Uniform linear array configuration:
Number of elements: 8
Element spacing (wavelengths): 1
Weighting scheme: exponential
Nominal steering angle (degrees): -60
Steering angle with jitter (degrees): -61.804
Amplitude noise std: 0.05
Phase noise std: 0.05

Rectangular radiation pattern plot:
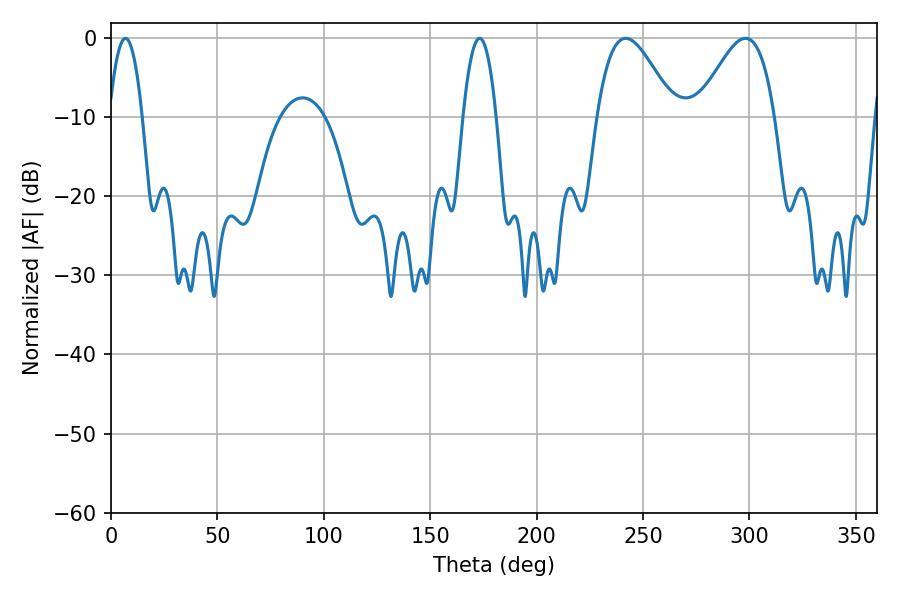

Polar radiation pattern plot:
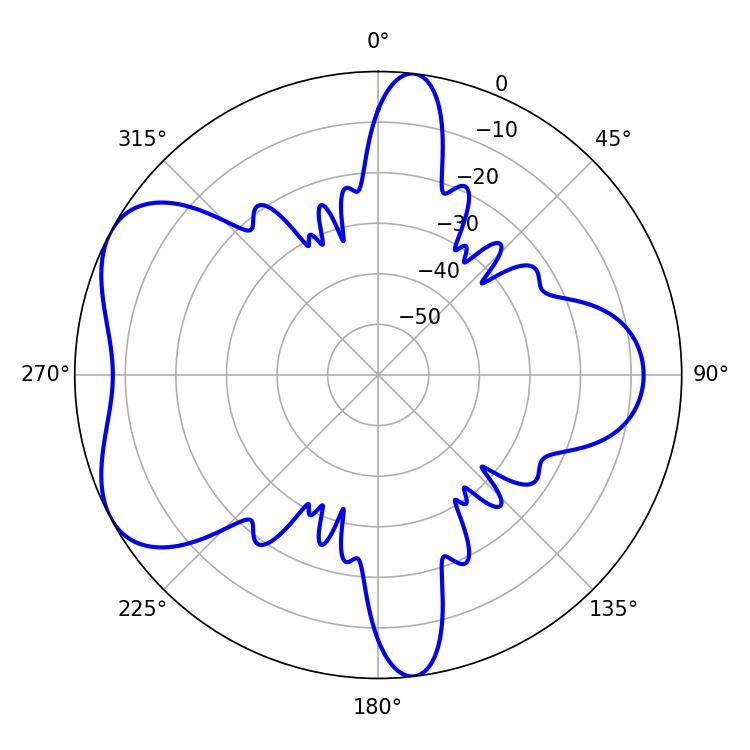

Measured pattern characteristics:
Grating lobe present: TRUE
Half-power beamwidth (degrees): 19.44
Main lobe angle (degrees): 241.92